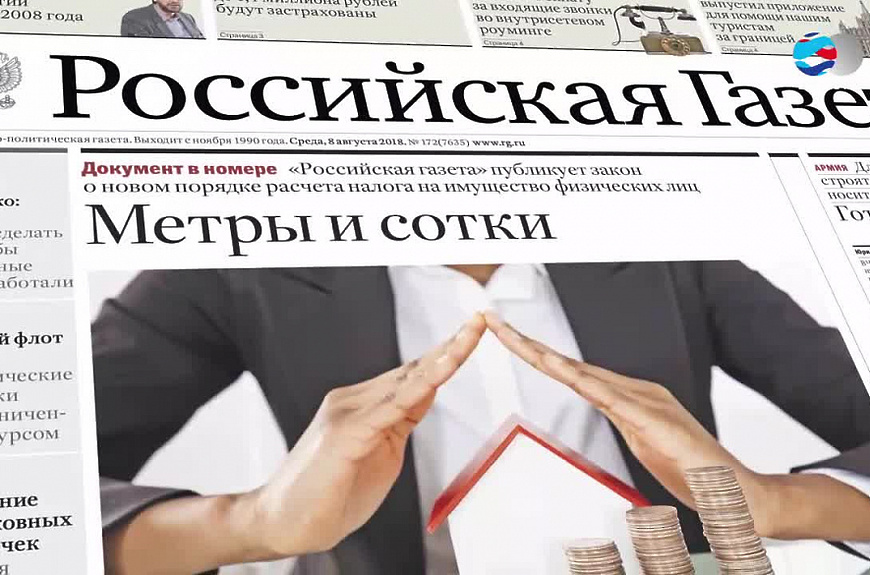
Language: ru